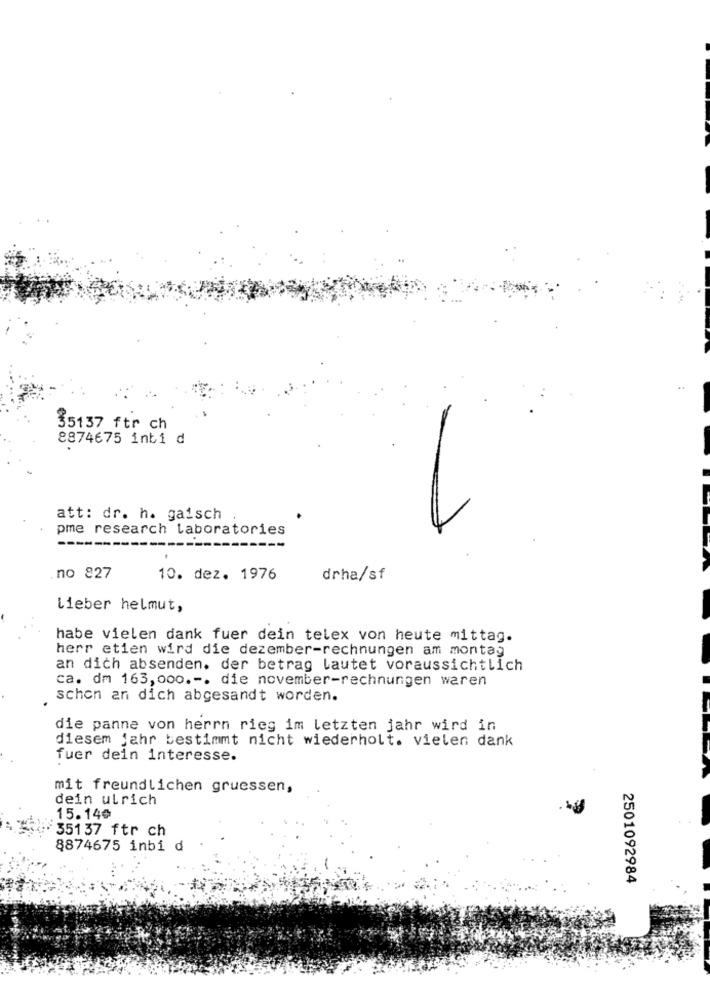
35137 ftr ch
8874675 inbi d
1
att: dr. h. gaisch
pme research laboratories
no 827
10. dez. 1976
drha/sf
Lieber helmut,
habe vielen dank fuer dein telex von heute mittag.
herr etien wird die dezember-rechnungen am montag
an dich absenden. der betrag lautet voraussichtlich
ca. dm 163,000 .-. die november-rechnungen waren
schon an dich abgesandt worden.
die panne von herrn rieg im letzten jahr wird in
diesem jahr bestimmt nicht wiederholt. vielen dank
fuer dein interesse.
mit freundlichen gruessen,
dein ulrich
15.14¢
35137 ftr ch
8874675 inbi d
2501092984